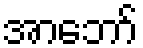
အာဘော်